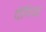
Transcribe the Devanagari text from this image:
पेंगिया